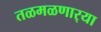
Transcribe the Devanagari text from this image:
तळमळणार्‍या